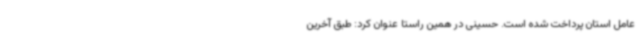
عامل استان پرداخت شده است. حسینی در همین راستا عنوان کرد: طبق آخرین